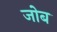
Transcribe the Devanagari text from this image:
जोब